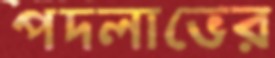
পদলাভের